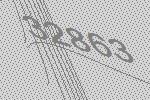
32863